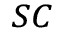
_ { S C }